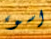
اسوء